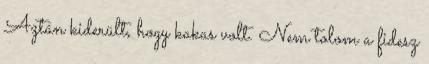
Aztán kiderült, hogy kakas volt. Nem tolom a fidesz